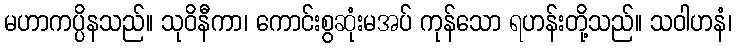
မဟာကပ္ပိနသည်။ သုဝိနီကာ၊ ကောင်းစွဆုံးမအပ် ကုန်သော ရဟန်းတို့သည်။ သဝါဟနံ၊